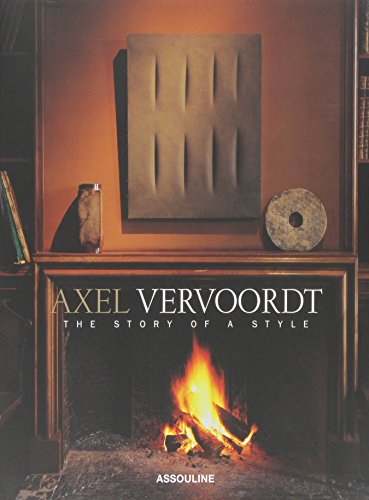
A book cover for Axel Vervoordt: The Story of a Style; Meredith Etherington-Smith; Crafts, Hobbies & Home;